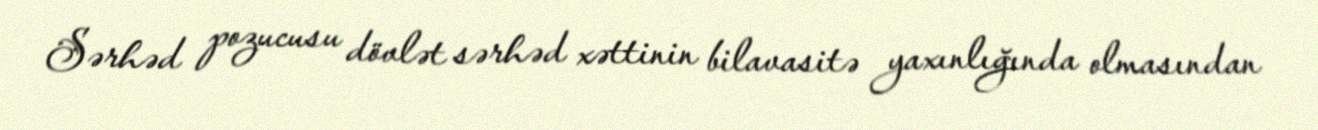
Sərhəd pozucusu dövlət sərhəd xəttinin bilavasitə yaxınlığında olmasından